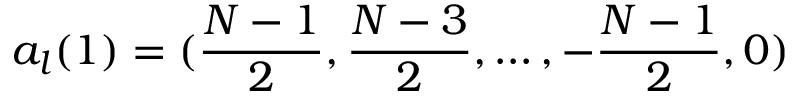
a _ { l } ( 1 ) = ( { \frac { N - 1 } { 2 } } , { \frac { N - 3 } { 2 } } , \dots , - { \frac { N - 1 } { 2 } } , 0 )